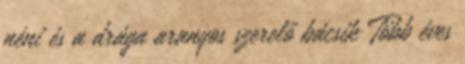
néni és a drága aranyos szerelő bácsik Több éves